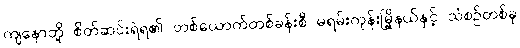
ကျနောတို့ စိတ်ဆင်းရဲရ၏ တစ်ယောက်တစ်ခန်းစီ မရမ်းကုန်းမြို့နယ်နှင့် သံစဉ်တစ်ခု